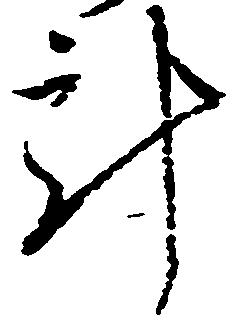
計